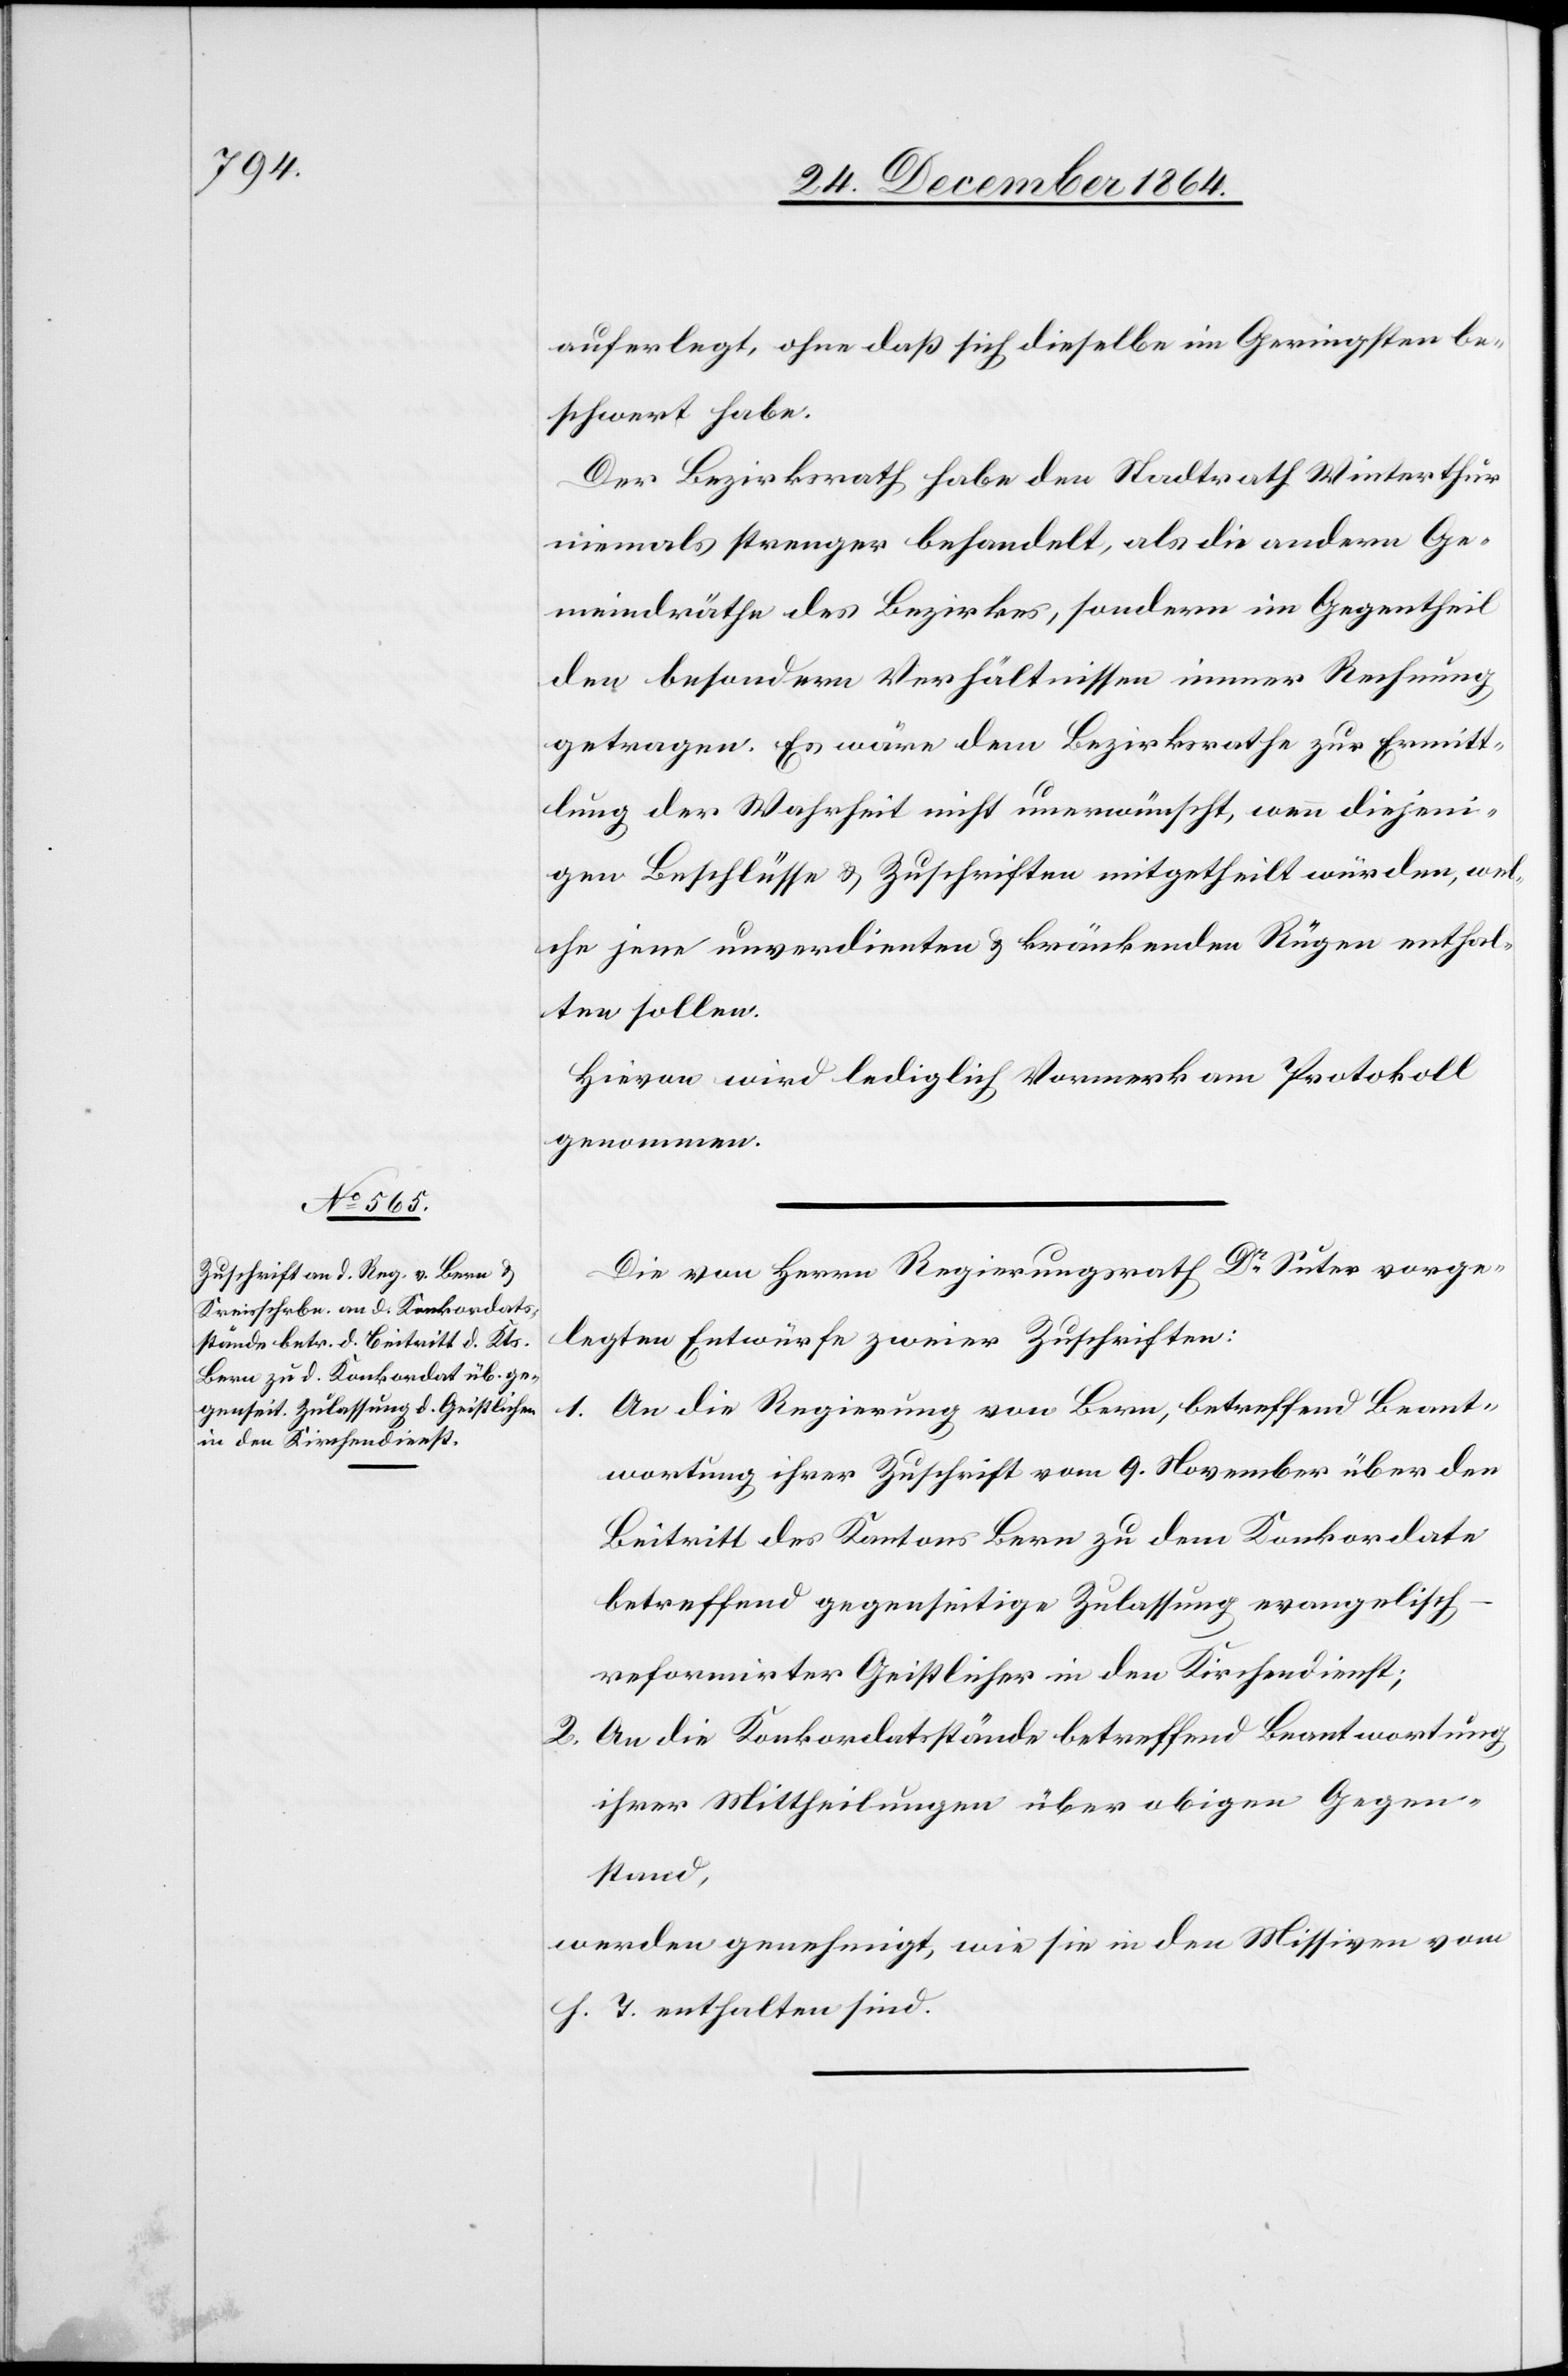
auferlegt, ohne daß sich dieselbe im Geringsten be¬
schwert habe.
Der Bezirksrath habe den Stadtrath Winterthur
niemals strenger behandelt, als die andern Ge¬
meindräthe des Bezirkes, sondern im Gegentheil
den besondern Verhältnissen immer Rechnung
getragen. Es wäre dem Bezirksrathe zur Ermitt¬
lung der Wahrheit nicht unerwünscht, wenn diejeni¬
gen Beschlüsse & Zuschriften mitgetheilt würden, wel¬
che jene unverdienten & kränkenden Rügen enthal¬
ten sollen.
Hievon wird lediglich Vormerk am Protokoll
genommen.
Die von Herrn Regierungsrath Dr Suter vorge¬
legten Entwürfe zweier Zuschriften:
An die Regierung von Bern, betreffend Beant¬
1.
wortung ihrer Zuschrift vom 9. November über den
Beitritt des Kantons Bern zu dem Konkordate
betreffend gegenseitige Zulassung evangelisch-r¬
eformirter Geistlicher in den Kirchendienst;
2. An die Konkordatsstände betreffend Beantwortung
ihrer Mittheilungen über obigen Gegen¬
stand,
werden genehmigt, wie sie in den Missiven vom
h. T. enthalten sind.